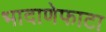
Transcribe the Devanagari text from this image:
भादाणेफाटा